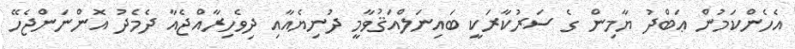
އެހެންކަމުން ޢަބްދު ޔާމިން ގެ ސަރުކާރަކީ ބައިނަލްއަޤުވާމީ ދުނިޔެއާއި ދިވެހިރާއްޖެއާ ދެމެދު އޮންނަންޖެހޭ